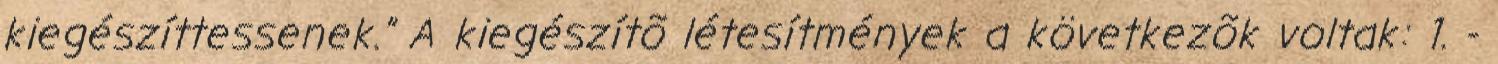
kiegészíttessenek.” A kiegészítõ létesítmények a következõk voltak: 1. -